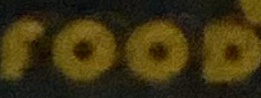
Food